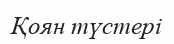
Қоян түстері